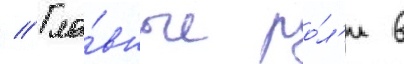
// Гла́вные ро́л'и в